Scientific memoirs by medical officers of the Army of India - Part XI,
Year: 1898
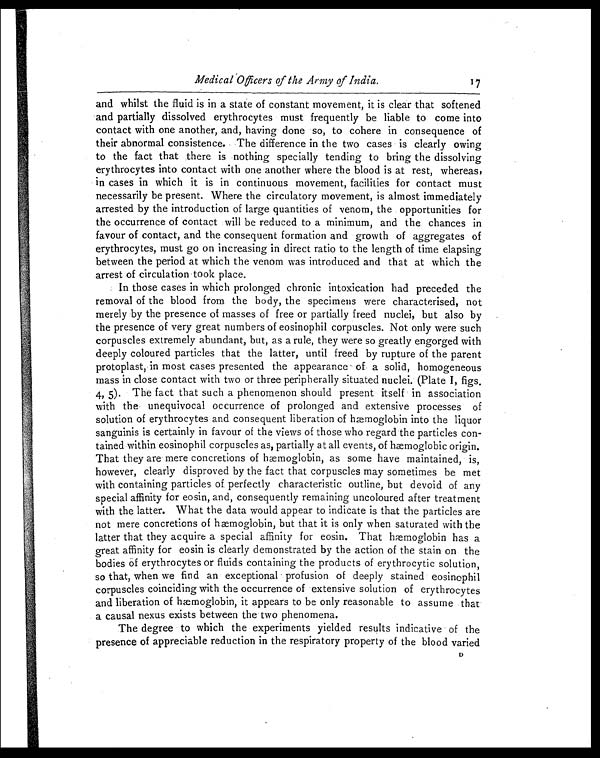
Medical Officers of the Army of India.
17
and whilst the fluid is in a state of constant movement, it is clear that softened
and partially dissolved erythrocytes must frequently be liable to come into
contact with one another, and, having done so, to cohere in consequence of
their abnormal consistence. The difference in the two cases is clearly owing
to the fact that there is nothing specially tending to bring the dissolving
erythrocytes into contact with one another where the blood is at rest, whereas,
in cases in which it is in continuous movement, facilities for contact must
necessarily be present. Where the circulatory movement, is almost immediately
arrested by the introduction of large quantities of venom, the opportunities for
the occurrence of contact will be reduced to a minimum, and the chances in
favour of contact, and the consequent formation and growth of aggregates of
erythrocytes, must go on increasing in direct ratio to the length of time elapsing
between the period at which the venom was introduced and that at which the
arrest of circulation took place.
In those cases in which prolonged chronic intoxication had preceded the
removal of the blood from the body, the specimens were characterised, not
merely by the presence of masses of free or partially freed nuclei, but also by
the presence of very great numbers of eosinophil corpuscles. Not only were such
corpuscles extremely abundant, but, as a rule, they were so greatly engorged with
deeply coloured particles that the latter, until freed by rupture of the parent
protoplast, in most cases presented the appearance- of a solid, homogeneous
mass in close contact with two or three peripherally situated nuclei. (Plate I, figs.
4 ,
5 ) .
T h e f a c t t h a t s u c h a p h e n o m e n o n s h o u l d p r e s e n t i t s e l f i n a s s o c i a t i o n
with the unequivocal occurrence of prolonged and extensive processes of
solution of erythrocytes and consequent liberation of hæmoglobin into the liquor
sanguinis is certainly in favour of the views of those who regard the particles con-
tained within eosinophil corpuscles as, partially at all events, of hæmoglobic origin.
That they are mere concretions of hæmoglobin, as some have maintained, is,
however, clearly disproved by the fact that corpuscles may sometimes be met
with containing particles of perfectly characteristic outline, but devoid of any
special affinity for eosin, and, consequently remaining uncoloured after treatment
with the latter. What the data would appear to indicate is that the particles are
not mere concretions of hæmoglobin, but that it is only when saturated with the
latter that they acquire a special affinity for eosin. That hæmoglobin has a
great affinity for eosin is clearly demonstrated by the action of the stain on the
bodies of erythrocytes or fluids containing the products of erythrocytic solution,
so that, when we find an exceptional profusion of deeply stained eosinophil
corpuscles coinciding with the occurrence of extensive solution of erythrocytes
and liberation of hæmoglobin, it appears to be only reasonable to assume that
a causal nexus exists between the two phenomena.
The degree to which the experiments yielded results indicative of the
p r e s e n c e o f
a p p r e c i a b l e r e d u c t i o n i n t h e r e s p i r a t o r y p r o p e r t y o f t h e b l o o d v a r i e d
D